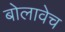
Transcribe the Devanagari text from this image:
बोलावेच